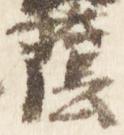
蔭